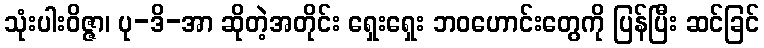
သုံးပါးဝိဇ္ဇာ၊ ပု-ဒိ-အာ ဆိုတဲ့အတိုင်း ရှေးရှေး ဘဝဟောင်းတွေကို ပြန်ပြီး ဆင်ခြင်